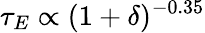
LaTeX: \tau_{E}\propto(1+\delta)^{-0.35}